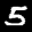
Label: 5